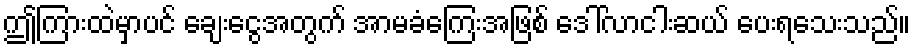
ဤကြားထဲမှာပင် ချေးငွေအတွက် အာမခံကြေးအဖြစ် ဒေါ်လာငါးဆယ် ပေးရသေးသည်။